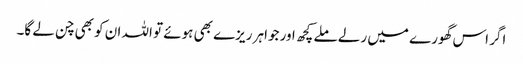
اگر اس گھورے میں رلے ملے کچھ اور جواہر ریزے بھی ہوئے تو اللہ ان کو بھی چن لے گا۔